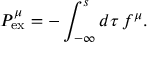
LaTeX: { P } _ { \mathrm { e x } } ^ { \mu } = - \int _ { - \infty } ^ { s } d \tau \, f ^ { \mu } .